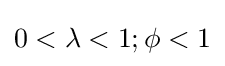
0<\lambda <1;\phi <1